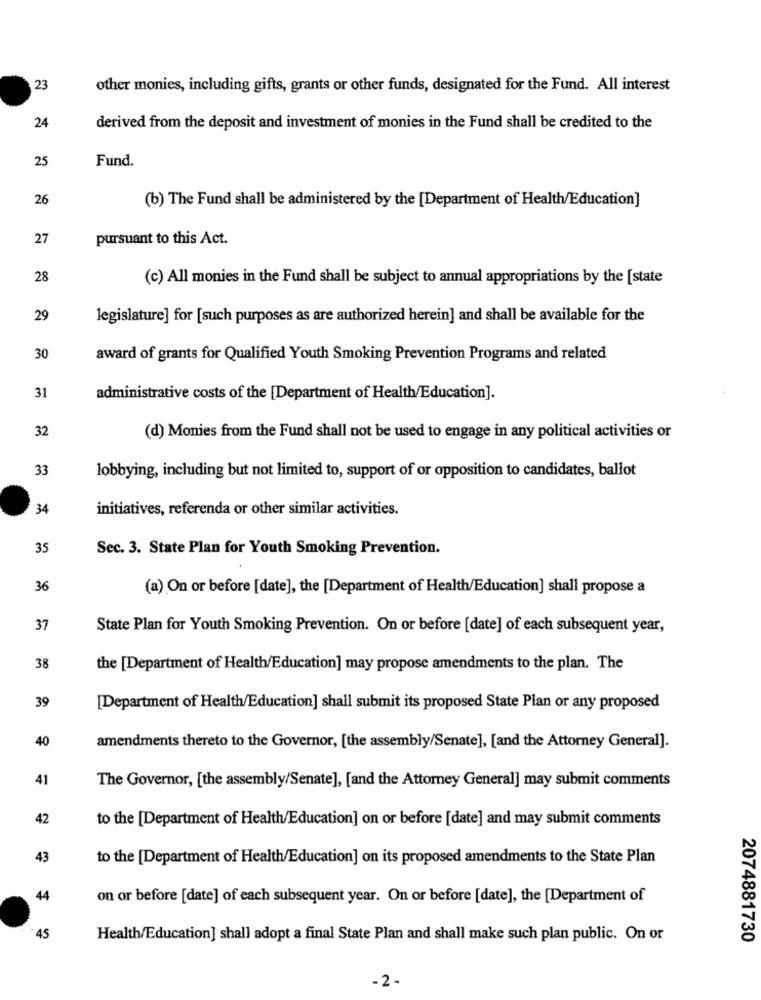
23
other monies, including gifts, grants or other funds, designated for the Fund. All interest
24
derived from the deposit and investment of monies in the Fund shall be credited to the
25
Fund.
26
(b) The Fund shall be administered by the [Department of Health/Education]
27
pursuant to this Act.
28
(c) All monies in the Fund shall be subject to annual appropriations by the [state
29
legislature] for [such purposes as are authorized herein] and shall be available for the
30
award of grants for Qualified Youth Smoking Prevention Programs and related
31
administrative costs of the [Department of Health/Education].
32
(d) Monies from the Fund shall not be used to engage in any political activities or
33
lobbying, including but not limited to, support of or opposition to candidates, ballot
34
initiatives, referenda or other similar activities.
35
Sec. 3. State Plan for Youth Smoking Prevention.
36
(a) On or before [date], the [Department of Health/Education] shall propose a
37
State Plan for Youth Smoking Prevention. On or before [date] of each subsequent year,
38
the [Department of Health/Education] may propose amendments to the plan. The
39
[Department of Health/Education] shall submit its proposed State Plan or any proposed
40
amendments thereto to the Governor, [the assembly/Senate], [and the Attorney General].
41
The Governor, [the assembly/Senate], [and the Attorney General] may submit comments
42
to the [Department of Health/Education] on or before [date] and may submit comments
43
to the [Department of Health/Education] on its proposed amendments to the State Plan
44
on or before [date] of each subsequent year. On or before [date], the [Department of
45
Health/Education] shall adopt a final State Plan and shall make such plan public. On or
2074881730
-2 -